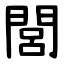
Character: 閭